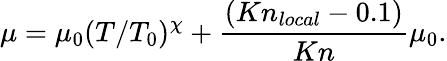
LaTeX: \mu=\mu_{0}(T/T_{0})^{\chi}+\frac{(Kn_{local}-0.1)}{Kn}\mu_{0}.